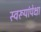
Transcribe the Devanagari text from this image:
स्वरूपांपेक्षा